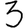
Digit: 3